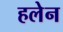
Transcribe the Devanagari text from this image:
हलेन